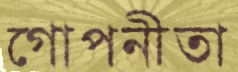
গোপনীতা